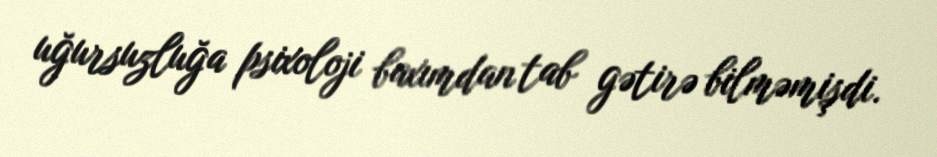
uğursuzluğa psixoloji baxımdan tab gətirə bilməmişdi.